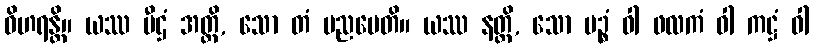
ဝိဟရန္တိ။ ယဿ ပီဌံ အတ္ထိ, သော တံ ပညပေတိ။ ယဿ နတ္ထိ, သော မဉ္စံ ဝါ ဖလကံ ဝါ ကဋ္ဌံ ဝါ